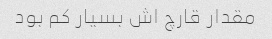
مقدار قارچ اش بسیار کم بود